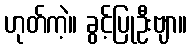
ဟုတ်ကဲ့။ ခွင့်ပြုဦးဗျာ။